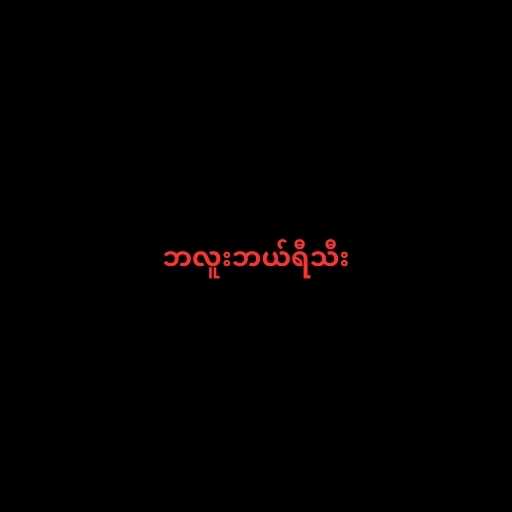
ဘလူးဘယ်ရီသီး